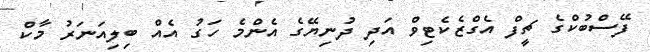
ފޭސްބުކްގެ ޗީފް އެގްޒެކެޓިވް އަދި ދުނިޔޭގެ އެންމެ ހަގު އެއް ބިލިއަނަރު މާކް